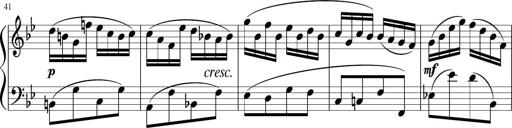
Title: 12 Keyboard Sonatinas
Composer: James Hook